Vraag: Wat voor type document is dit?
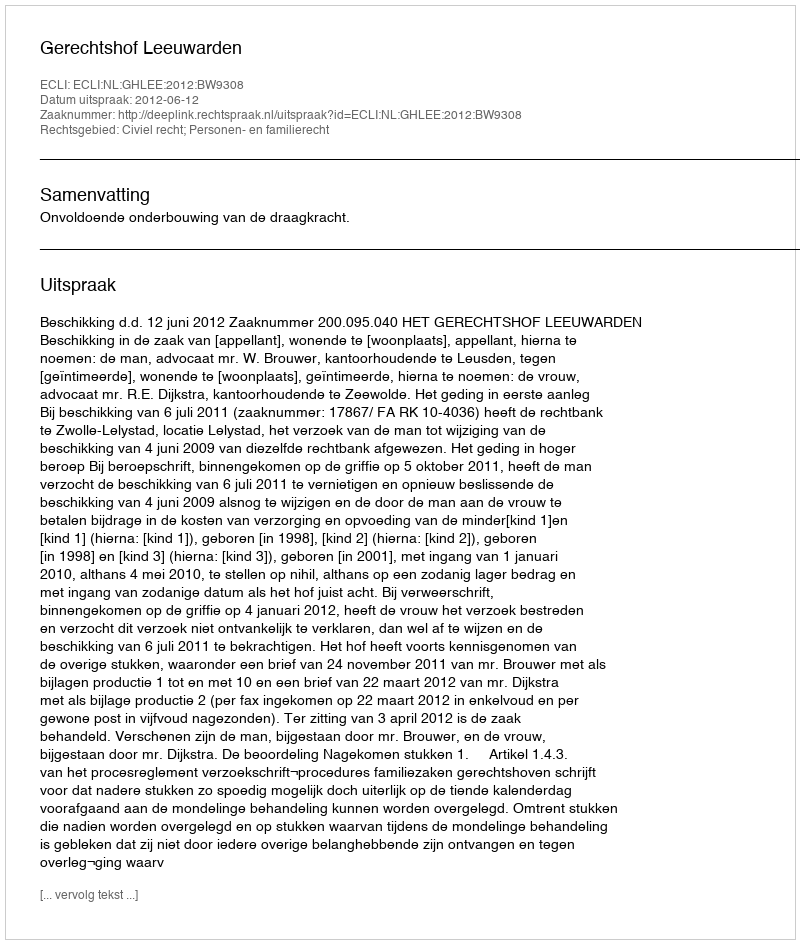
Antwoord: Uitspraak